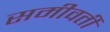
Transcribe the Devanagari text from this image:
समीवर्ती